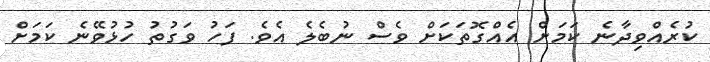
ކުރެއްވިދާނެ ކަމަށް އެއްގޮތަކަށް ވެސް ނުބެލެ އެވެ. ފަހު ވަގުތު ހުޅުވޭނެ ކަމަށް